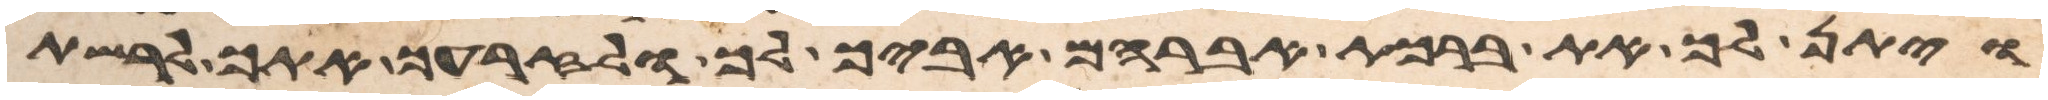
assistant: ויתן לך את ברכת אברהם אביך לך ולזרעך אתך לרשת